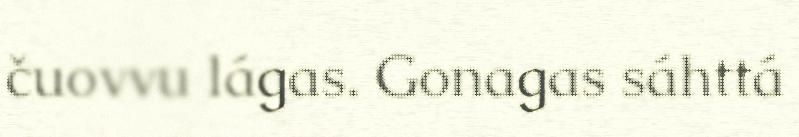
čuovvu lágas. Gonagas sáhttá